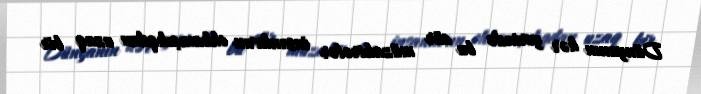
Dünyanın hər yerində bu cür müzakirələr insanların ehkamçılıqdan uzaq bir